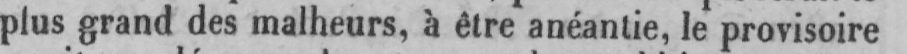
plus grand des malheurs, à être anéantie, le provisoire